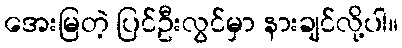
အေးမြတဲ့ ပြင်ဦးလွင်မှာ နားချင်လို့ပါ။